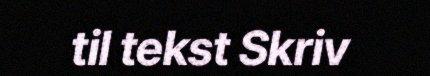
til tekst Skriv